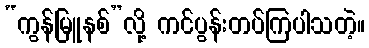
“ကွန်မြူနစ်”လို့ ကင်ပွန်းတပ်ကြပါသတဲ့။